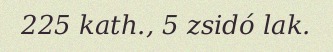
225 kath., 5 zsidó lak.